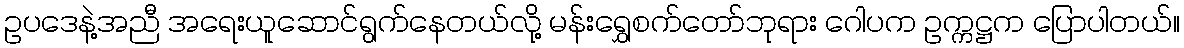
ဥပဒေနဲ့အညီ အရေးယူဆောင်ရွက်နေတယ်လို့ မန်းရွှေစက်တော်ဘုရား ဂေါပက ဥက္ကဋ္ဌက ပြောပါတယ်။